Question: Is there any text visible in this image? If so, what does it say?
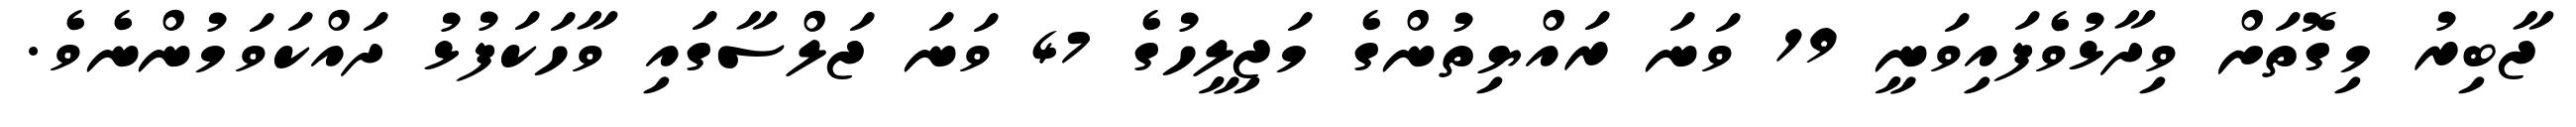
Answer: ޖާބިރު މިގޮތަށް ވިދާޅުވެފައިވަނީ 19 ވަނަ ރައްޔިތުންގެ މަޖިލީހުގެ 47 ވަނަ ޖަލްސާގައި ވާހަކަފުޅު ދައްކަވަމުންނެވެ.